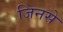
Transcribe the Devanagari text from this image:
जिनसे